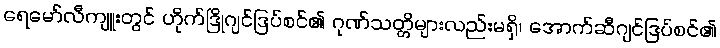
ရေမော်လီကျူးတွင် ဟိုက်ဒြိုဂျင်ဒြပ်စင်၏ ဂုဏ်သတ္တိများလည်းမရှိ၊ အောက်ဆီဂျင်ဒြပ်စင်၏